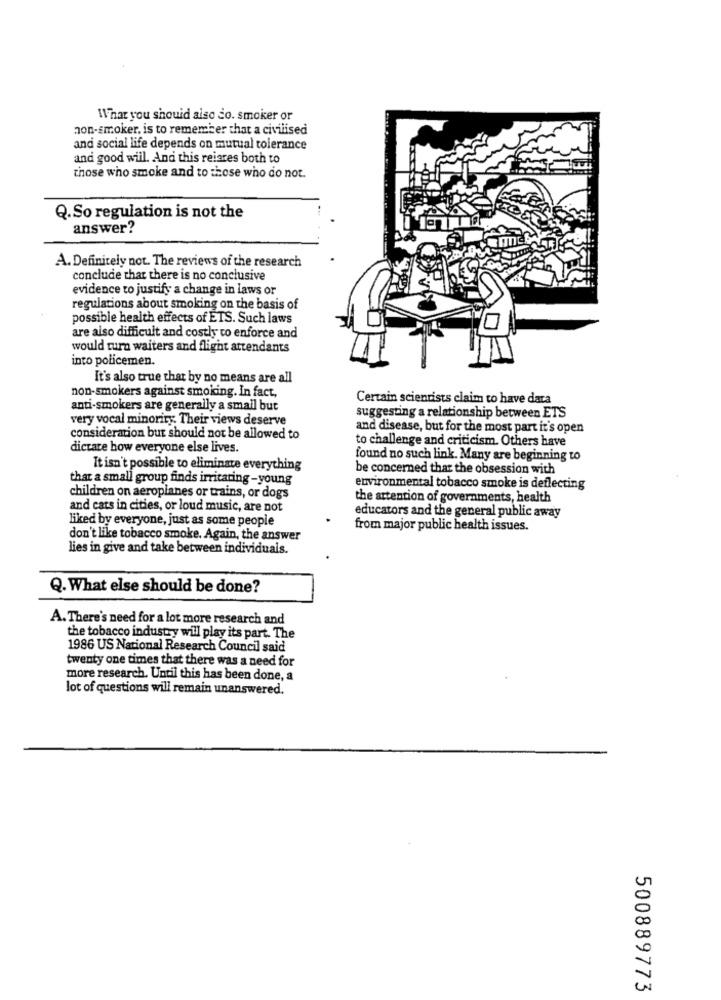
What you should also do. smoker or
non-smoker, is to remember that a civilised
and social life depends on mutual tolerance
and good will. And this reiares both to
those who smoke and to those who do not.
Q. So regulation is not the
answer?
A. Definitely not. The reviews of the research
conclude that there is no conclusive
evidence to justify a change in laws or
regulations about smoking on the basis of
possible health effects of ETS. Such laws
are also difficult and costly to enforce and
would tura waiters and flight attendants
into policemen.
It's also true that by no means are all
non-smokers against smoking. In fact,
Certain scientists claim to have data
anti-smokers are generally a small but
very vocal minority. Their views deserve
suggesting a relationship between ETS
and disease, but for the most part it's open
consideration but should not be allowed to
to challenge and criticism. Others have
dictate how everyone else lives.
found no such link. Many are beginning to
It isn't possible to eliminate everything
be concerned that the obsession with
that a small group finds irritating - young
environmental tobacco smoke is deflecting
children on aeroplanes or trains, or dogs
the attention of governments, health
and cats in cities, or loud music, are not
liked by everyone, just as some people
educators and the general public away
from major public health issues.
don't like tobacco smoke. Again, the answer
lies in give and take between individuals.
Q. What else should be done?
A. There's need for a lot more research and
the tobacco industry will play its part. The
1986 US National Research Council said
twenty one times that there was a need for
more research. Until this has been done, a
lot of questions will remain unanswered.
500889773